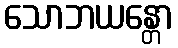
သောဘယန္တော